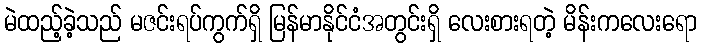
မဲထည့်ခဲ့သည် မဇင်းရပ်ကွက်ရှိ မြန်မာနိုင်ငံအတွင်းရှိ လေးစားရတဲ့ မိန်းကလေးရော